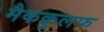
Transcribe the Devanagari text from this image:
मैककुलफ